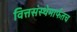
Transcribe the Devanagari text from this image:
वित्तसंस्थेमार्फतच